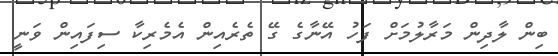
ބިިން ލާދިން މަރާލުމަށް ފަހު އޭނާގެ ގޭ ތެރެއިން އެމެރިކާ ސިފައިން ވަނީ